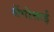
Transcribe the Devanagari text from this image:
सेंगोत्ताई